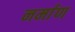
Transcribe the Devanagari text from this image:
नर्माण